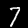
Label: 7